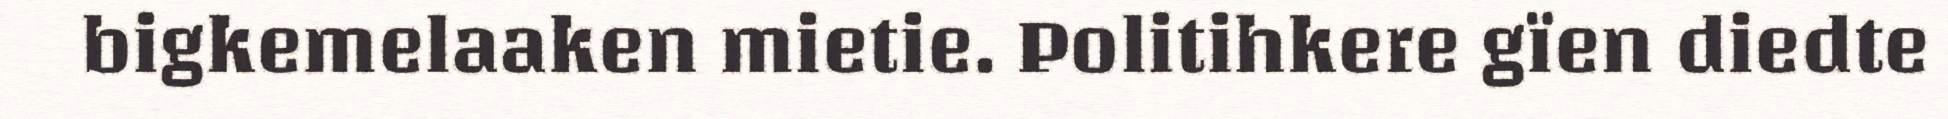
bigkemelaaken mietie. Politihkere gïen diedte